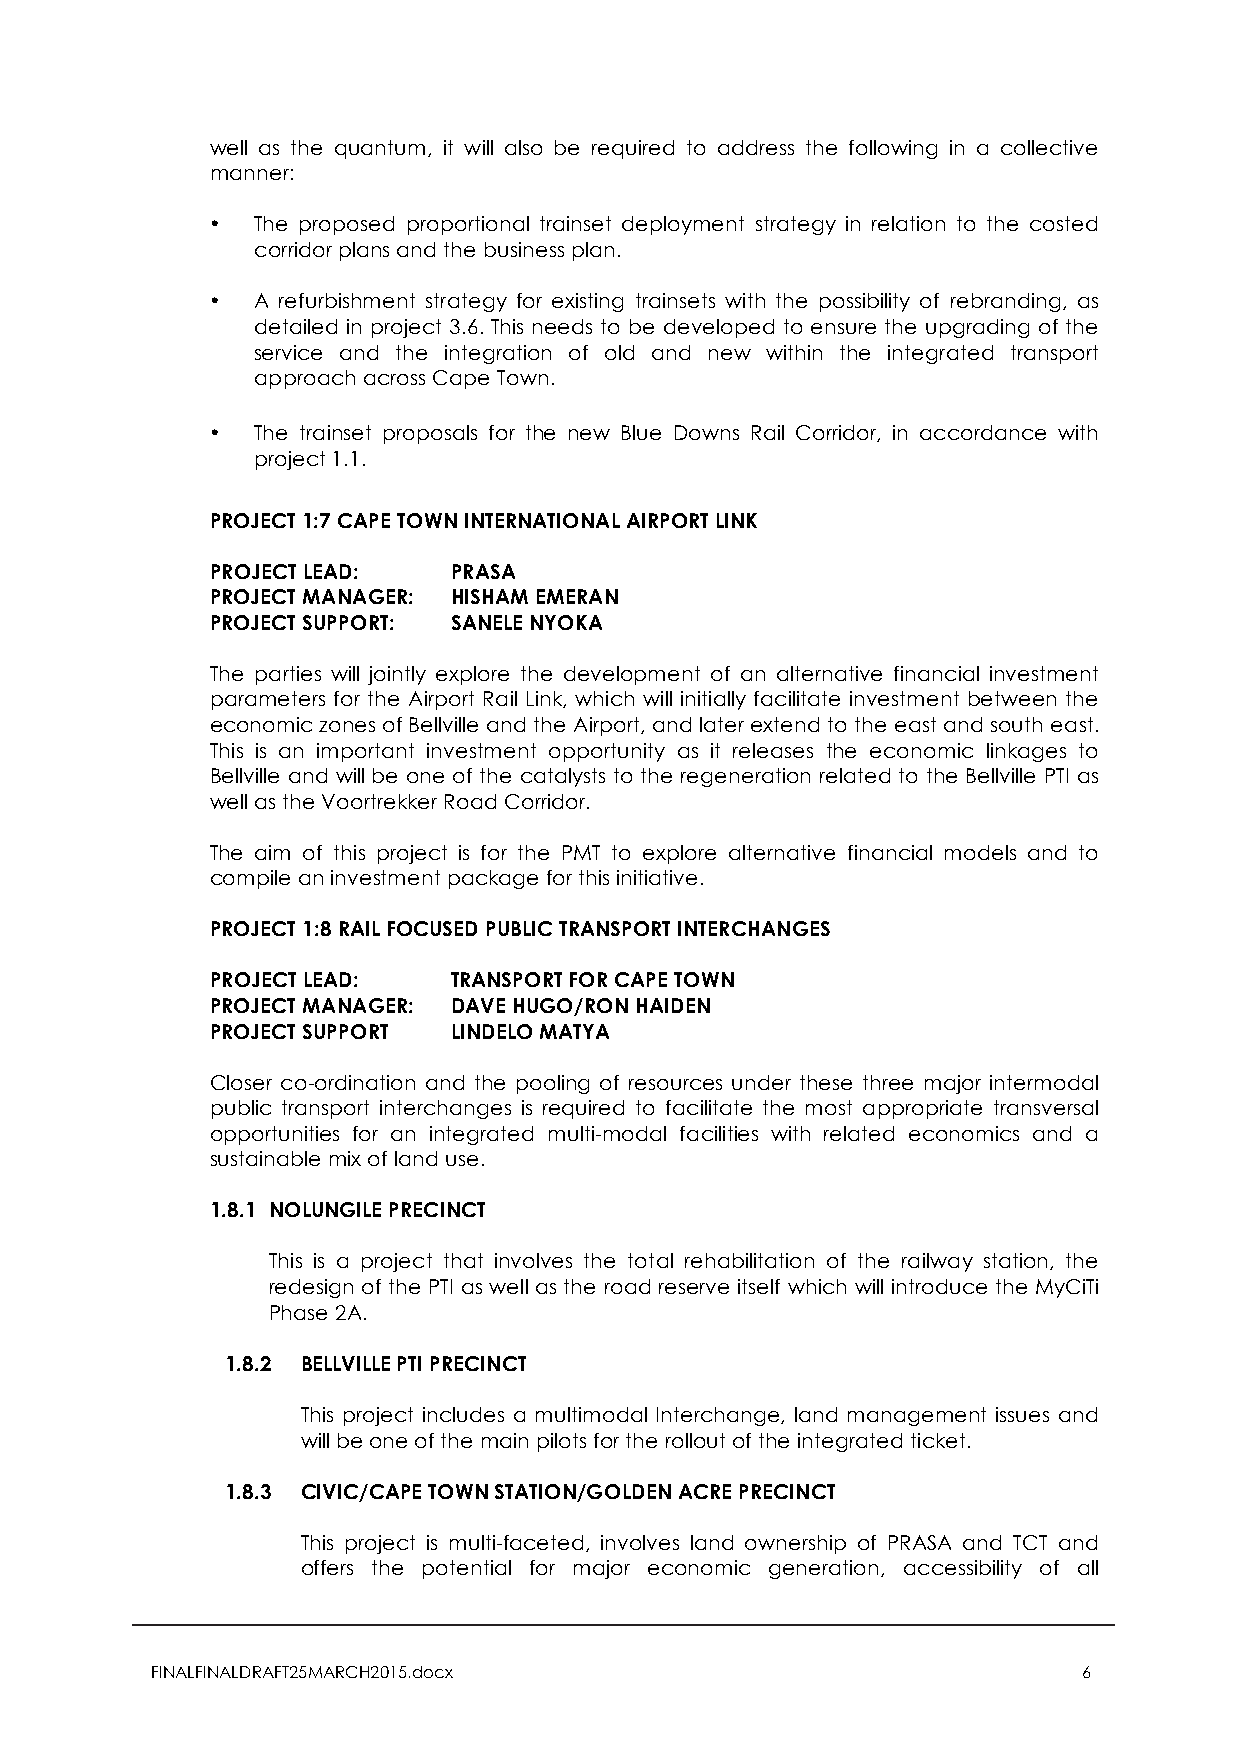
well as the quantum, it will also be required to address the following in a collective
 manner:
 •  The proposed proportional trainset deployment strategy in relation to the costed
 corridor plans and the business plan.
 •  A refurbishment strategy for existing trainsets with the possibility of rebranding, as
 detailed in project 3.6. This needs to be developed to ensure the upgrading of the
 service and the integration of old and new within the integrated transport
 approach across Cape Town.
 •  The trainset proposals for the new Blue Downs Rail Corridor, in accordance with
 project 1.1.
 PROJECT 1:7 CAPE TOWN INTERNATIONAL AIRPORT LINK
 PROJECT LEAD:   PRASA
 PROJECT MANAGER: HISHAM EMERAN
 PROJECT SUPPORT: SANELE NYOKA
 The parties will jointly explore the development of an alternative financial investment
 parameters for the Airport Rail Link, which will initially facilitate investment between the
 economic zones of Bellville and the Airport, and later extend to the east and south east.
 This is an important investment opportunity as it releases the economic linkages to
 Bellville and will be one of the catalysts to the regeneration related to the Bellville PTI as
 well as the Voortrekker Road Corridor.
 The aim of this project is for the PMT to explore alternative financial models and to
 compile an investment package for this initiative.
 PROJECT 1:8 RAIL FOCUSED PUBLIC TRANSPORT INTERCHANGES
 PROJECT LEAD:   TRANSPORT FOR CAPE TOWN
 PROJECT MANAGER: DAVE HUGO/RON HAIDEN
 PROJECT SUPPORT LINDELO MATYA
 Closer co-ordination and the pooling of resources under these three major intermodal
 public transport interchanges is required to facilitate the most appropriate transversal
 opportunities for an integrated multi-modal facilities with related economics and a
 sustainable mix of land use.
 1.8.1 NOLUNGILE PRECINCT
 This is a project that involves the total rehabilitation of the railway station, the
 redesign of the PTI as well as the road reserve itself which will introduce the MyCiTi
 Phase 2A.
 1.8.2 BELLVILLE PTI PRECINCT
 This project includes a multimodal Interchange, land management issues and
 will be one of the main pilots for the rollout of the integrated ticket.
 1.8.3 CIVIC/CAPE TOWN STATION/GOLDEN ACRE PRECINCT
 This project is multi-faceted, involves land ownership of PRASA and TCT and
 offers the potential for major economic generation, accessibility of all
 FINALFINALDRAFT25MARCH2015.docx                               6